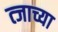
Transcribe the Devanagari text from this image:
त्जाच्या